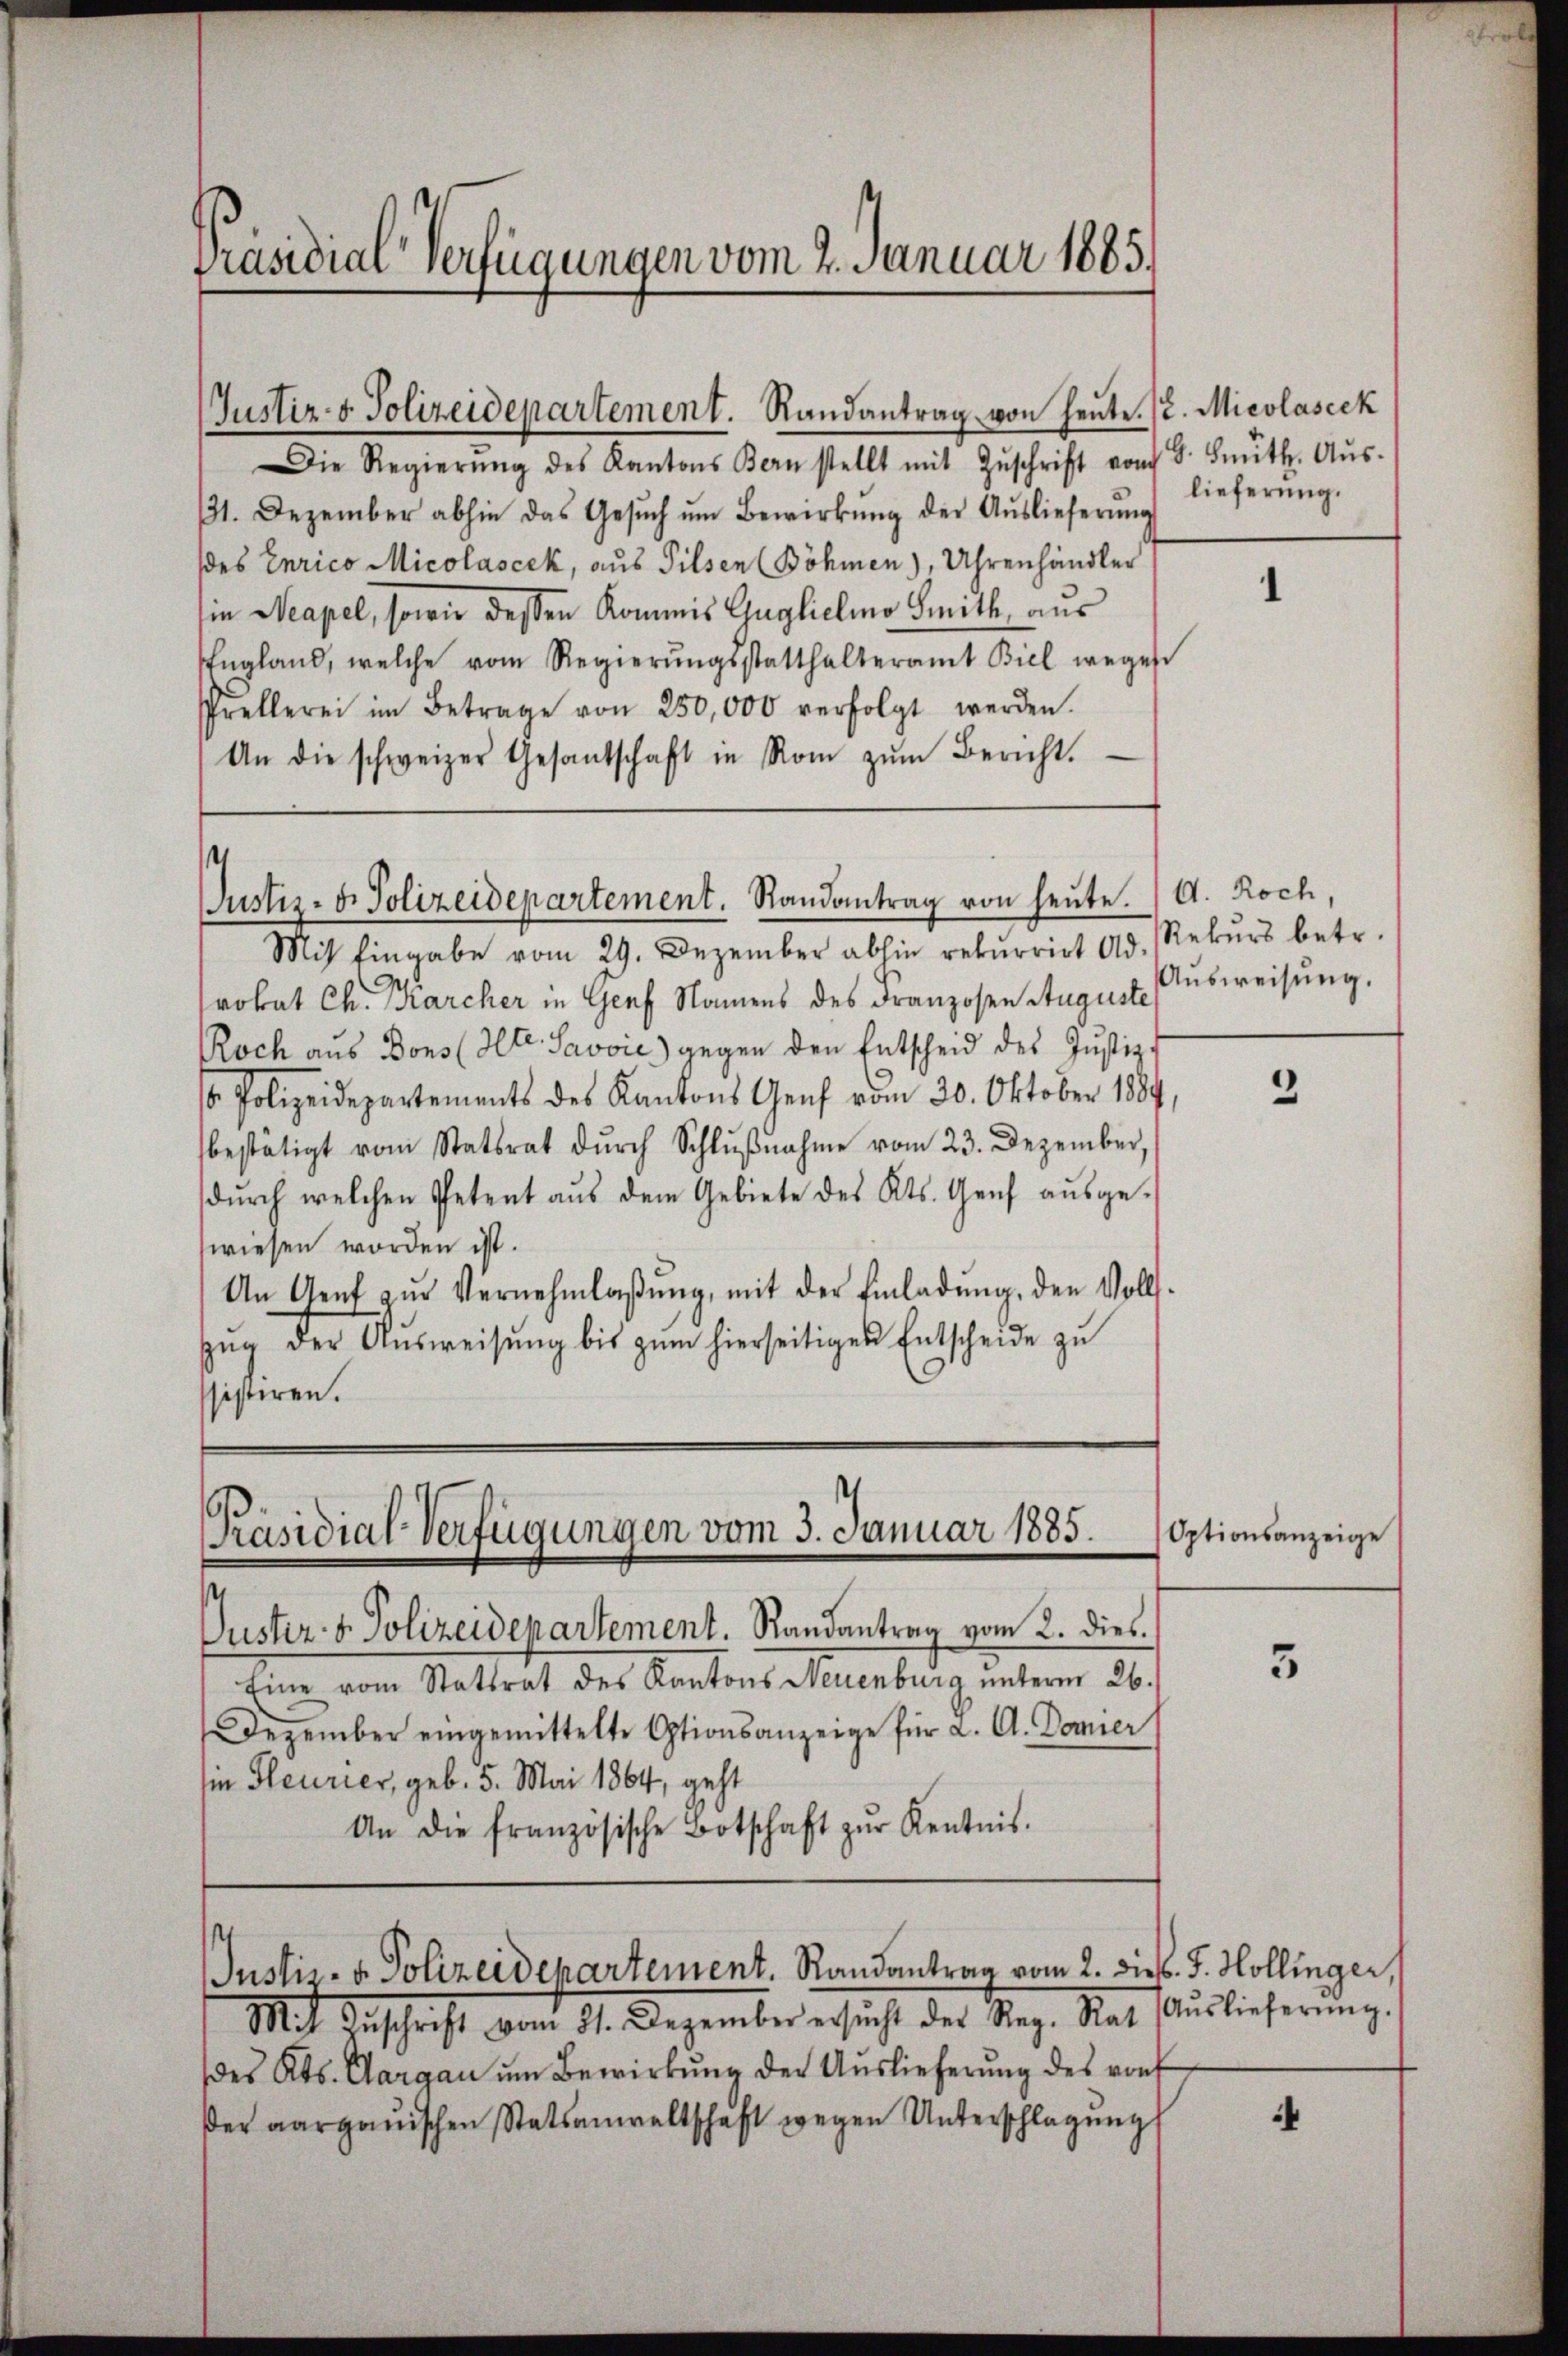
Präsidial-Verfügungen vom 2. Januar 1885.

(Justiz- & Polizeidepartement. Randantrag von heŭte./2. Micolascek

Die Regierŭng des Kantons Bern stellt mit Zŭschrift vom 8. Knütt. Aŭs-
11. Dezember abhin das Gesŭch ŭm Bewirkŭng der Aŭslieferŭng
des Curico Micolascik, aus Pilsen (Böhmen), Uhrenhändler
in Meapel, sowie dessen Kommis Guglichino Smith, aus
England, welche vom Regierŭngsstatthalteramt Biel weges
Prellerei im Betrage von 250,000 verfolgt werden.
An die schweizer Gesantschaft in Rom zŭm Bericht.

Justiz- u. Polizeidepartement. Randantrag von heute. A. Roch,

Mit Eingabe vom 29. Dezember abhin rekurrirt Adrokat Ch. Karcher in Genf Namens des Franzosen Auguste
Roch aus Bons (Str. Savoić) gegen den Entscheid des Justiz-
s Polizeidepartements des Kantons Genf vom 30. Oktober 1884,
bestätigt vom Statsrat dŭrch Schlŭβnahme vom 23. Dezember,
dŭrch welchen Petent aŭs dem Gebiete des Kts. Genf aŭsge-
wiesen worden ist.
An Genf zŭr Vernehmlaβŭng, mit der Einladŭng, den Volls-
zŭg der Aŭsweisŭng bis zŭm hierseitigen Entscheide zŭ
ssistiren.

Präsidial-Verfügungen vom 3. Januar 1885.

Justiz- u. Polizeidepartement. Randantrag vom 2. dies. J. Hollinger,

Mit Zuschrift vom 31. Dezember ersucht des Reg. Rat Aŭslieferung.
des Kts. Aargau um Bewirkŭng der Aŭslieferŭng des von
der aargauischen Statsanwaltschaft wegen Unterschlagung

s
Puster- & Polizeidepartement. Randantrag vom 2. dies.
Eine vom Stattrat des Kantons Neuenburg unterm 26.
Dezember eingemittelte Optionsanzeige für a. A. Donner
sie leurier, geb. 5. Mai 1864, geht
An die französische Botschaft zŭr Kentnis.

lieferung.

1

Rekurs betr.
Ausweisung.

2

Optionsanzeige

5

4